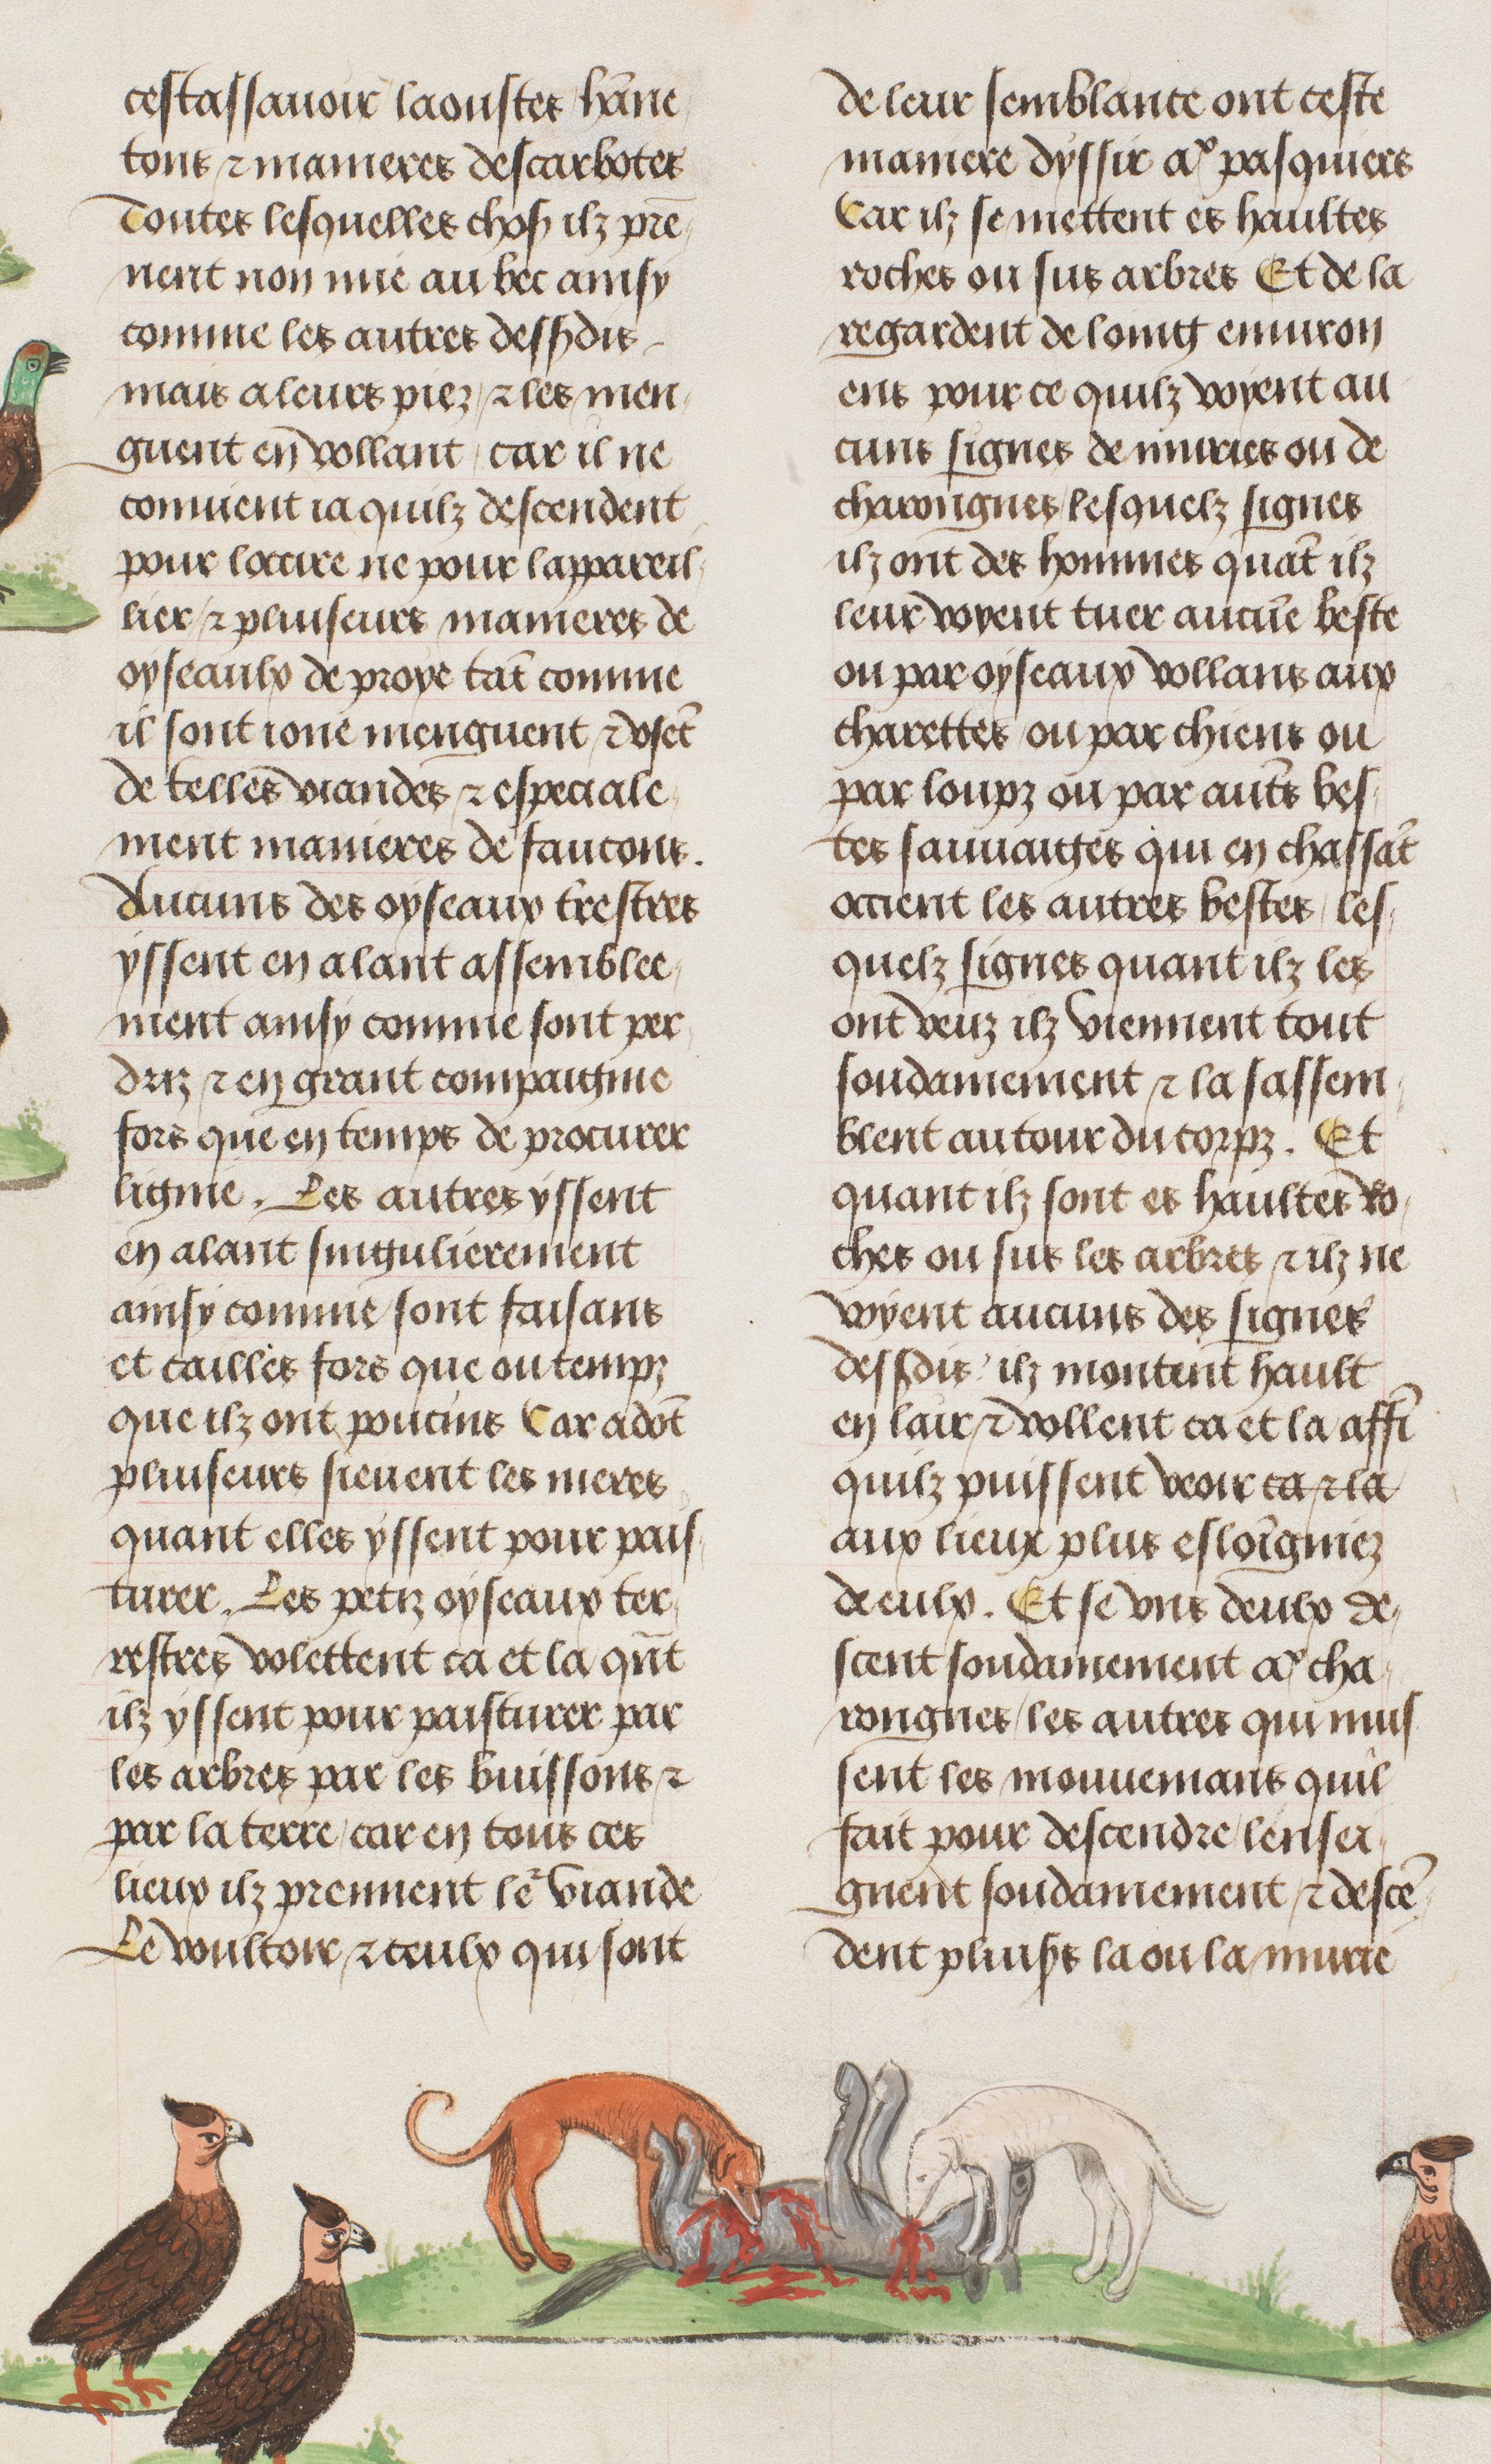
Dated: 1470–1505